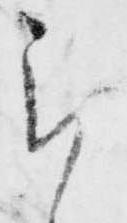
謹